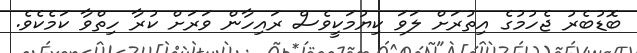
ބޮޑުބެރު ޖެހުމުގެ އިތުރަށް ލަވަ ކިޔުމަކީވެސް ރައިހާން ވަރަށް ކުރާ ހިތްވާ ކަމެކެވެ.